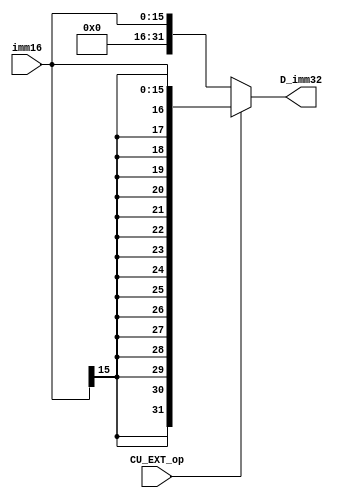
`timescale 1ns / 1ps
//-----------------------------------------------------------------------------


//------------------------------------------------------------------------
module D_EXT (
    input [15:0] imm16,
    input CU_EXT_op,
    output [31:0] D_imm32
    );
//---------------------------------------------------------------------------------


//---------------------------------------------------------------------------------
    assign D_imm32 = (CU_EXT_op == 1) ? {{16{imm16[15]}}, imm16} :
                                        {16'H0000, imm16}; 
//----------------------------------------------------------------------------------


endmodule